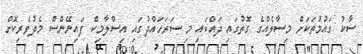
ސާކު ގައުމުތަކަށް މިސާލެއްގެ ގޮތުގައި ދައްކައި މި ސަރަހައްދުގައި އިސްލާމިކް ފައިނޭންސް މެދުވެރިކޮށް